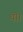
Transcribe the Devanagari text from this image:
थॊ।